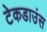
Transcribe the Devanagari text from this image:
टेकडाउंस